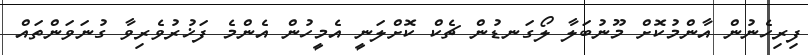
ފިރިހެނުން އާންމުކޮށް މޫނުބަލާ ލޯގަނޑުން ޗެކް ކޮށްލަނީ އެމީހުން އެންމެ ފަޚުރުވެރިވާ ގުނަވަންތައް